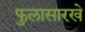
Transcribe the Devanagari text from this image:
फुलासारखे